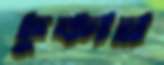
ঢুকান